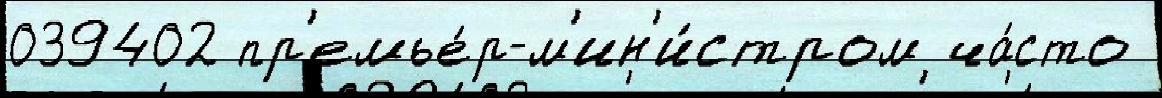
039402 пр'емье́р-м'ин'и́стром ча́сто